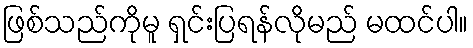
ဖြစ်သည်ကိုမူ ရှင်းပြရန်လိုမည် မထင်ပါ။